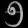
Digit: ၅